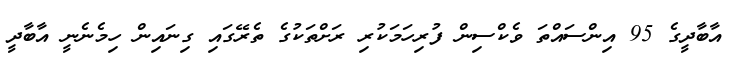
އާބާދީގެ 95 އިންސައްތަ ވެކްސިން ފުރިހަމަކުރި ރަށްތަކުގެ ތެރޭގައި ގިނައިން ހިމެނެނީ އާބާދީ